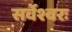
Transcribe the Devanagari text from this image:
सर्वेश्वरः